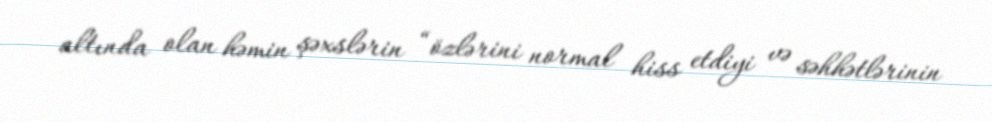
altında olan həmin şəxslərin “özlərini normal hiss etdiyi və səhhətlərinin